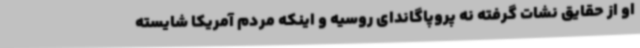
او از حقایق نشات گرفته نه پروپاگاندای روسیه و اینکه مردم آمریکا شایسته